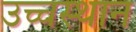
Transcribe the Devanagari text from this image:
उच्चस्थान